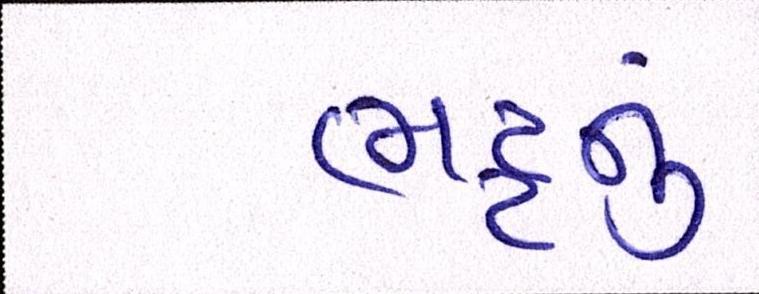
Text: ભટ્ટનું